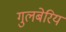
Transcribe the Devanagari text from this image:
गुलबेरिय